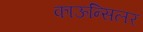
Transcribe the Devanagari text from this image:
काऊन्सिलर